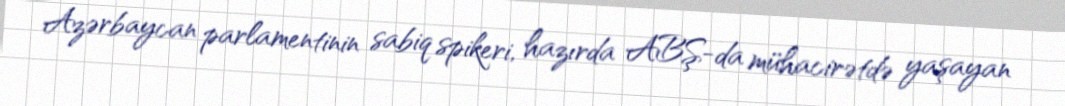
Azərbaycan parlamentinin sabiq spikeri, hazırda ABŞ-da mühacirətdə yaşayan